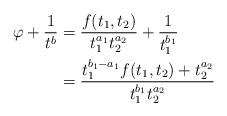
LaTeX: \begin{align*}\varphi+\frac{1}{t^b}&=\frac{f(t_1, t_2)}{t_1^{a_1}t_2^{a_2}} +\frac{1}{t_1^{b_1}} \\ &=\frac{t_1^{b_1-a_1}f(t_1, t_2)+t_2^{a_2}}{t_1^{b_1}t_2^{a_2}}\end{align*}